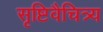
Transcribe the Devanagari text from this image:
सृष्टिवैचित्र्य